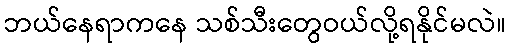
ဘယ်နေရာကနေ သစ်သီးတွေဝယ်လို့ရနိုင်မလဲ။